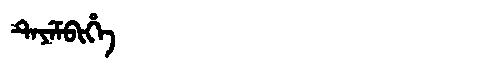
Manchu: ᡨᡝᠶᡝᠮᠪᡳᡥᡝ
Romanization: TEYEMBIHE